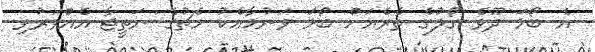
އެ ބޯޅަ ދޫވެ ގޯލުގެ ތެރެއަށް ބޯޅަ ވަނުމާއެކު މެޗުގެ ނަތީޖާ އެއްވަރުވި